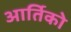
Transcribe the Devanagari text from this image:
आर्तिको